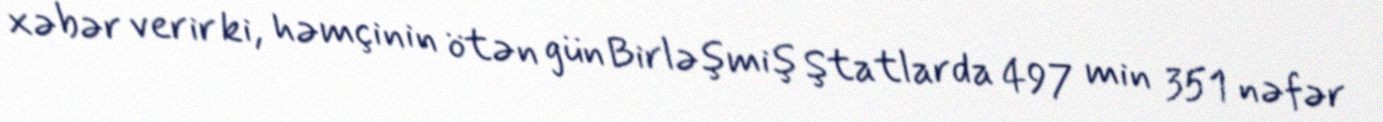
xəbər verir ki, həmçinin ötən gün Birləşmiş Ştatlarda 497 min 351 nəfər